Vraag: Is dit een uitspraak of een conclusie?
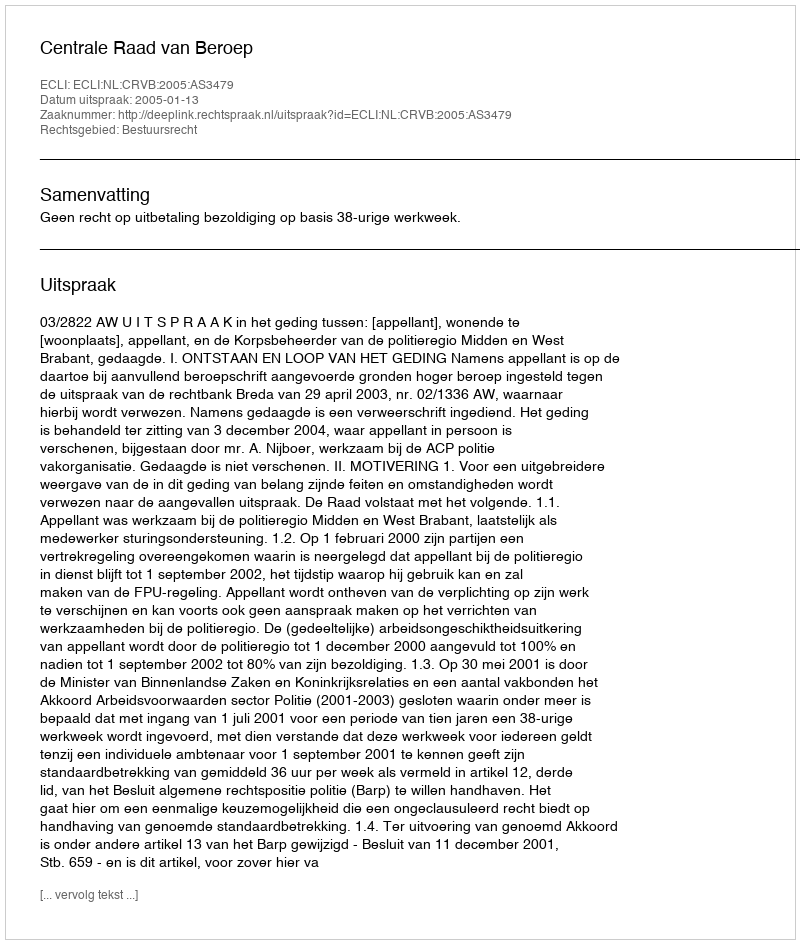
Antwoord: Uitspraak